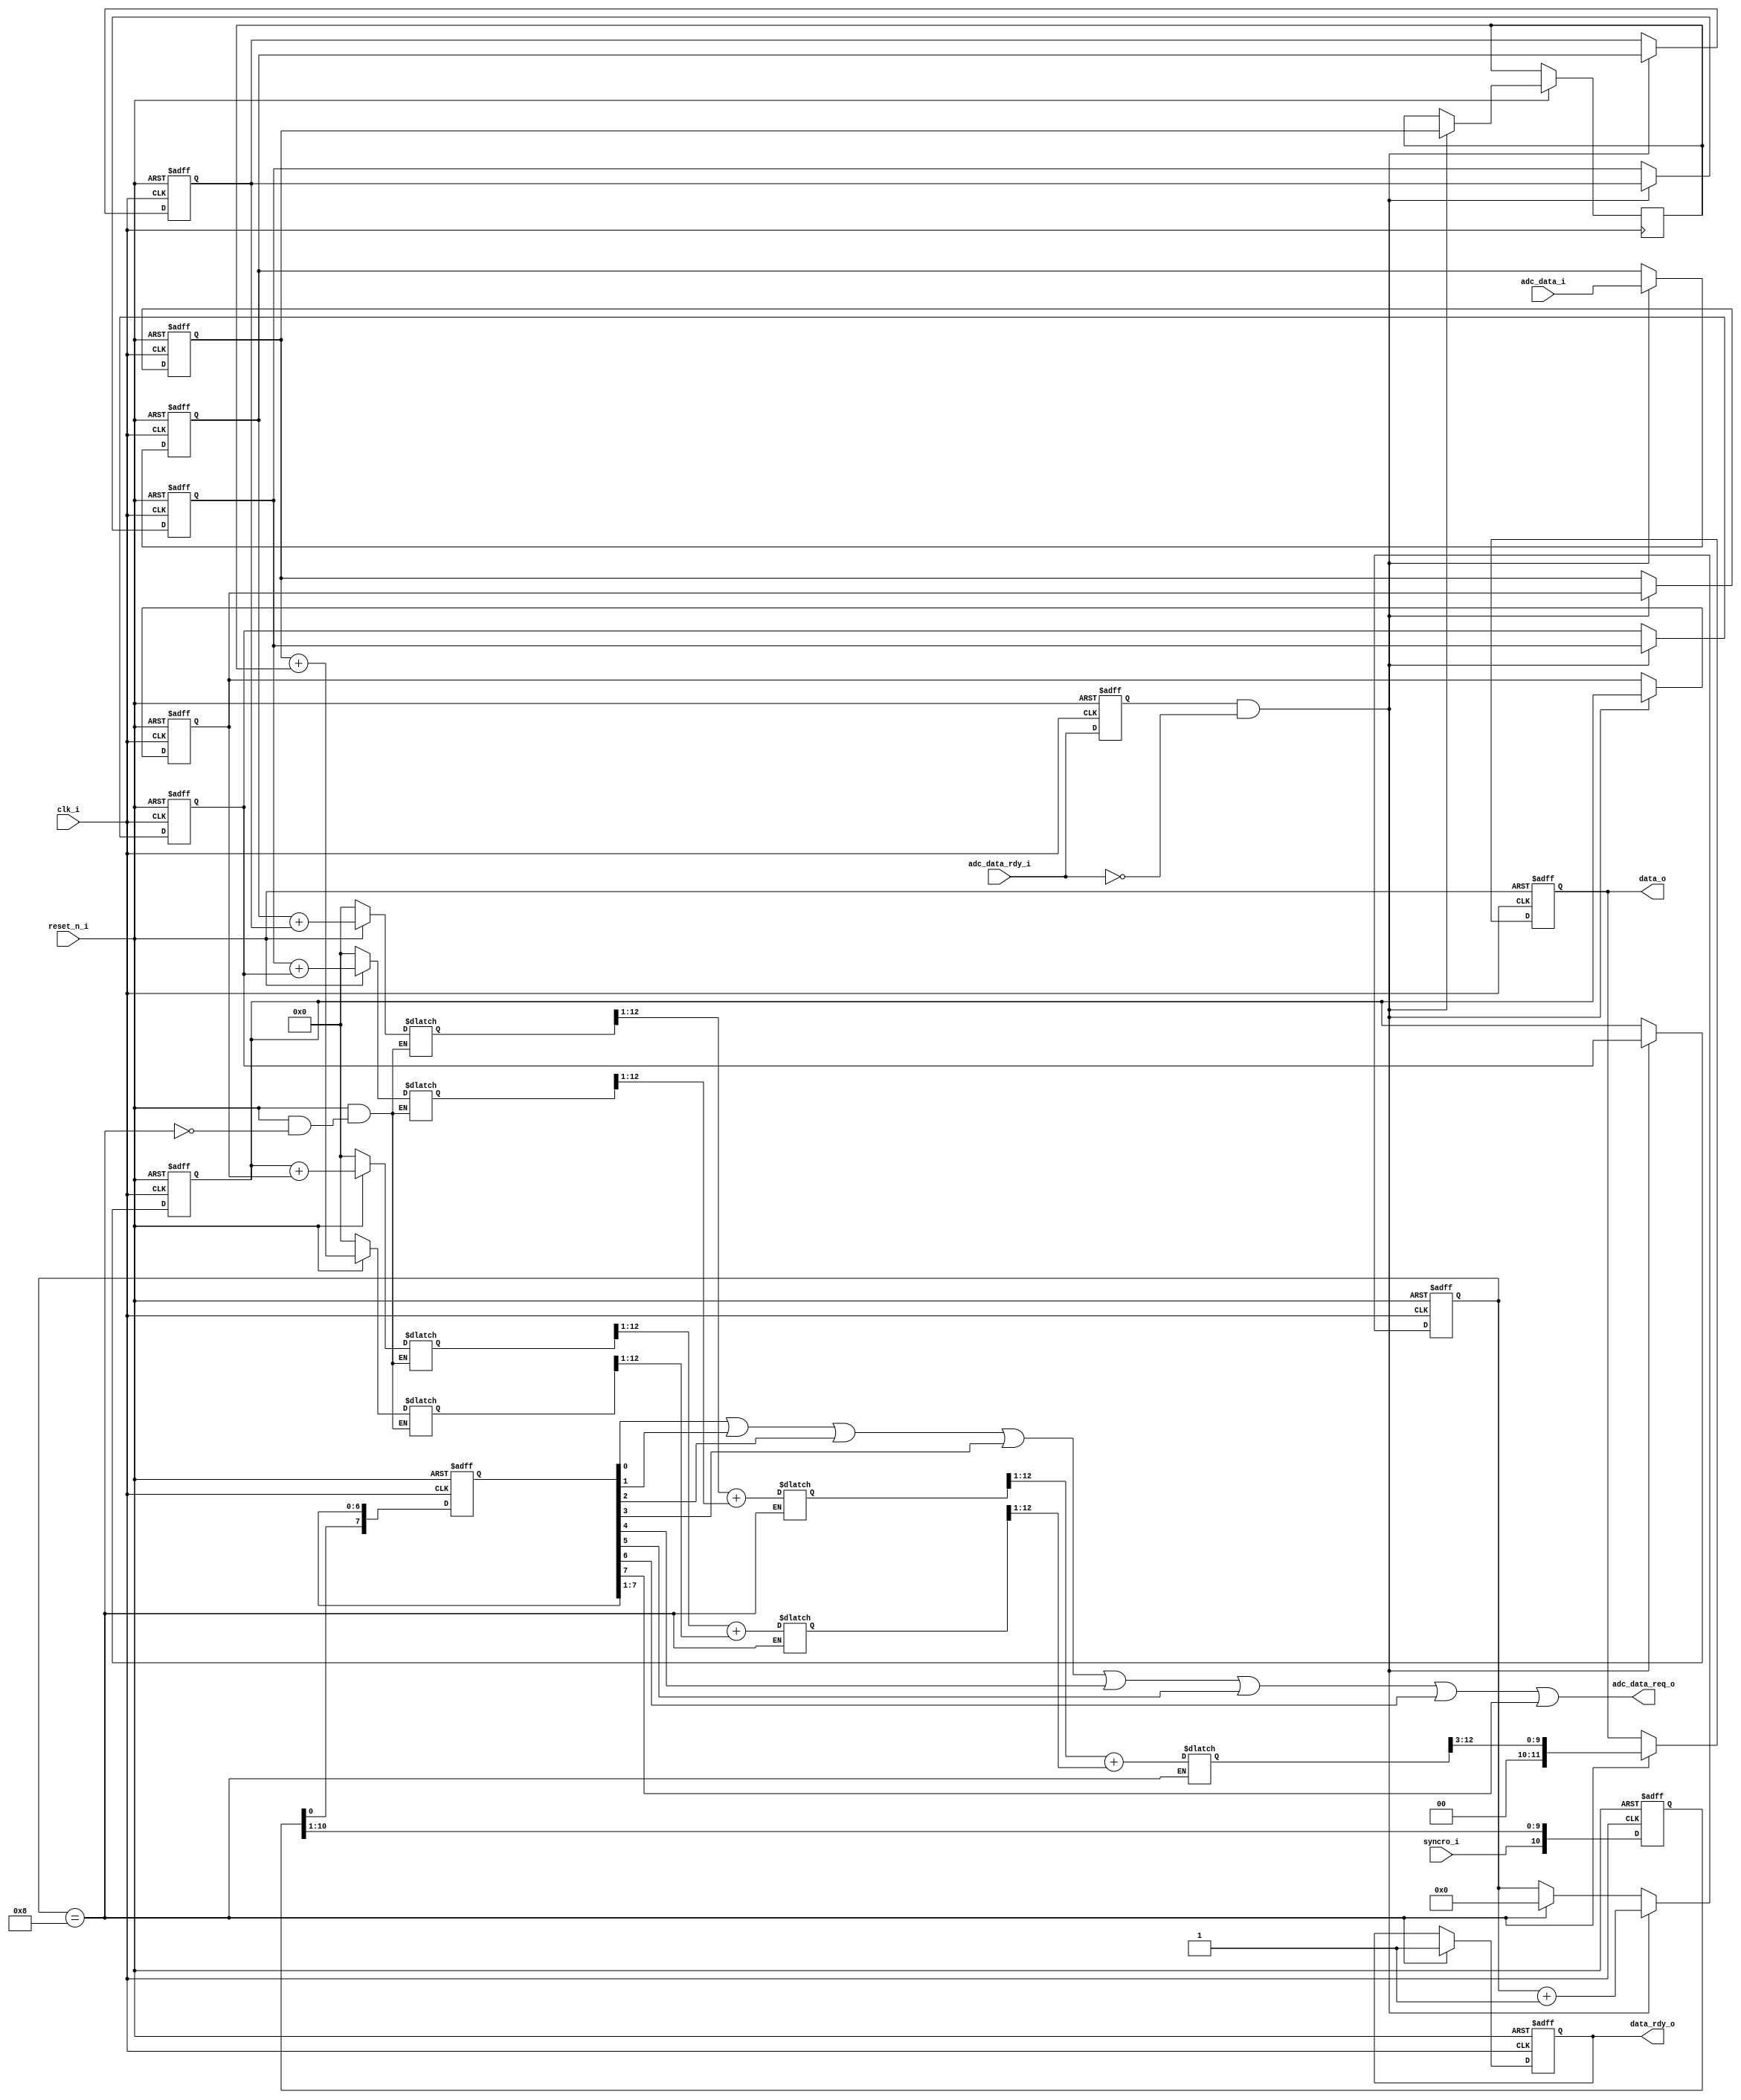
`timescale 1ns / 1ps


module test_adc(
	input 			clk_i,
	input 			reset_n_i,

//ADC interface
	output			adc_data_req_o,
	input				adc_data_rdy_i,
	input [11:0] 	adc_data_i,
	
//Module output interface
	input				syncro_i,
	output [11:0]	data_o,
	output 			data_rdy_o
);

	reg [10:0] syncro_sr;
	reg [7:0] valid_i;
	reg adc_data_req_i;
	reg sync_in;
	reg 						adc_data_rdy_z;
	wire 						strb_i;
	reg 						latch_strb;
	reg signed 	[11:0] 	data_array [0:8];
	reg signed 	[12:0] 	sum_elements_of_array [0:3];
	reg signed 	[12:0] 	sum_of_sum[0:1];
	reg signed 	[12:0] 	sum_of_total;
	reg 			[11:0] 	data_shift;
	reg			[3:0]		counter;
	
	
	integer i,j,k,r;
	
	// recieve async input signal syncro_i
	always @(posedge clk_i or negedge reset_n_i or posedge syncro_i)
	begin
		if (!reset_n_i)
			sync_in <= 1'b0;
		else if (syncro_i)
			sync_in <= 1'b1;
		else
			sync_in <= syncro_i;
	end
	
	// delay syncro_i on 11 time
	always @(posedge clk_i or negedge reset_n_i)
	begin
		if (!reset_n_i)
			syncro_sr <= {11{1'b0}};
		else
			syncro_sr <= {syncro_i, syncro_sr[10:1]};
	end
	
	
	// create signal enable for ADC 8 time
	always @(posedge clk_i or negedge reset_n_i)
	begin
		if (!reset_n_i)
			valid_i <= {8{1'b0}};
		else 
			valid_i <= {syncro_sr[0], valid_i[7:1]};
	end
	

	// strob	valid data
	always @(posedge clk_i or negedge reset_n_i)
	begin
		if (!reset_n_i) 
			adc_data_rdy_z <= 1'b0;
		else
			adc_data_rdy_z <= adc_data_rdy_i;
	end
	
	assign strb_i = adc_data_rdy_z && (!adc_data_rdy_i);
	
	
	
	always @(posedge clk_i or negedge reset_n_i)
	begin
		if (!reset_n_i) begin
			for (i = 0; i < 8; i = i + 1) begin
				data_array[i] <= {12{1'b0}};
			end	
		end else if (strb_i) begin
				data_array[0] = adc_data_i;
				for (i = 0; i < 8; i = i + 1) begin
					data_array[i+1] <= data_array[i];
			end
		end
	end

	
	always @(posedge clk_i or negedge reset_n_i)
	begin
		if (!reset_n_i)
			counter <= 4'b0;
		else if (strb_i)	
			counter <= counter + 1;
		else if (counter == 8)
			counter <= 4'b0;
	end
	
	
	// sum of even and odd
	always @(*)
	begin
		if (!reset_n_i) begin
			for (k = 1; k < 8; k = k + 2) begin
				sum_elements_of_array[k/2] <= 13'h0;
			end	
		end else if (counter == 8) begin
			for (k = 1; k < 8; k = k + 2) begin
				sum_elements_of_array[k/2] = data_array[k] + data_array[k+1];
				
			end	
		end	
	end
	

	//sum of sum 
	always @(*)
	begin
		if (counter == 8) begin
			for (j = 1; j < 4; j = j + 2) begin
				sum_of_sum[j/2] = sum_elements_of_array[j-1][12:1] + sum_elements_of_array[j][12:1];
			end
		end
	end

	always @(*)
	begin
		if (counter == 8) begin
			sum_of_total = sum_of_sum[0][12:1] + sum_of_sum[1][12:1];
		end	
	end	
	
	
	always @(posedge clk_i or negedge reset_n_i)
	begin
		if (!reset_n_i) begin
			data_shift <= {12{1'b0}};
			latch_strb <= 1'b0;
		end else if (counter == 8) begin
			data_shift <= (sum_of_total) >> 3;
			latch_strb <= 1'b1;
		end	
	end		

//	always @(*)
//	begin
//		if (counter == 8)
//			latch_strb <= 1'b1;
//	end		

	
	always @(*)
	begin
		adc_data_req_i = 1'b0;
		for (r = 0; r < 8; r = r + 1) begin
			adc_data_req_i = adc_data_req_i || valid_i[r]; 	
		end	
	end
	
	

	
	assign adc_data_req_o = adc_data_req_i;
	assign data_rdy_o = latch_strb;
	assign data_o = data_shift;
	
	
endmodule